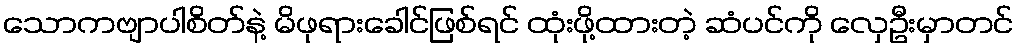
သောကဗျာပါစိတ်နဲ့ မိဖုရားခေါင်ဖြစ်ရင် ထုံးဖို့ထားတဲ့ ဆံပင်ကို လှေဦးမှာတင်